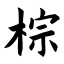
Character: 棕